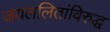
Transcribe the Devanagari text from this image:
जयललितांविरुद्ध